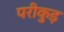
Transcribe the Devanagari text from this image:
परीकुड़